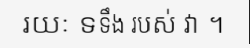
រយៈ ទទឹង របស់ វា ។